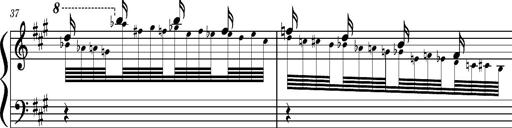
Title: Concerto sans orchestre, S.524a
Composer: Franz Liszt
Key: A major